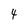
Character: 4